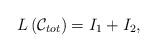
LaTeX: \begin{align*}L\left({\cal C}_{tot}\right) = I_1 + I_2,\end{align*}